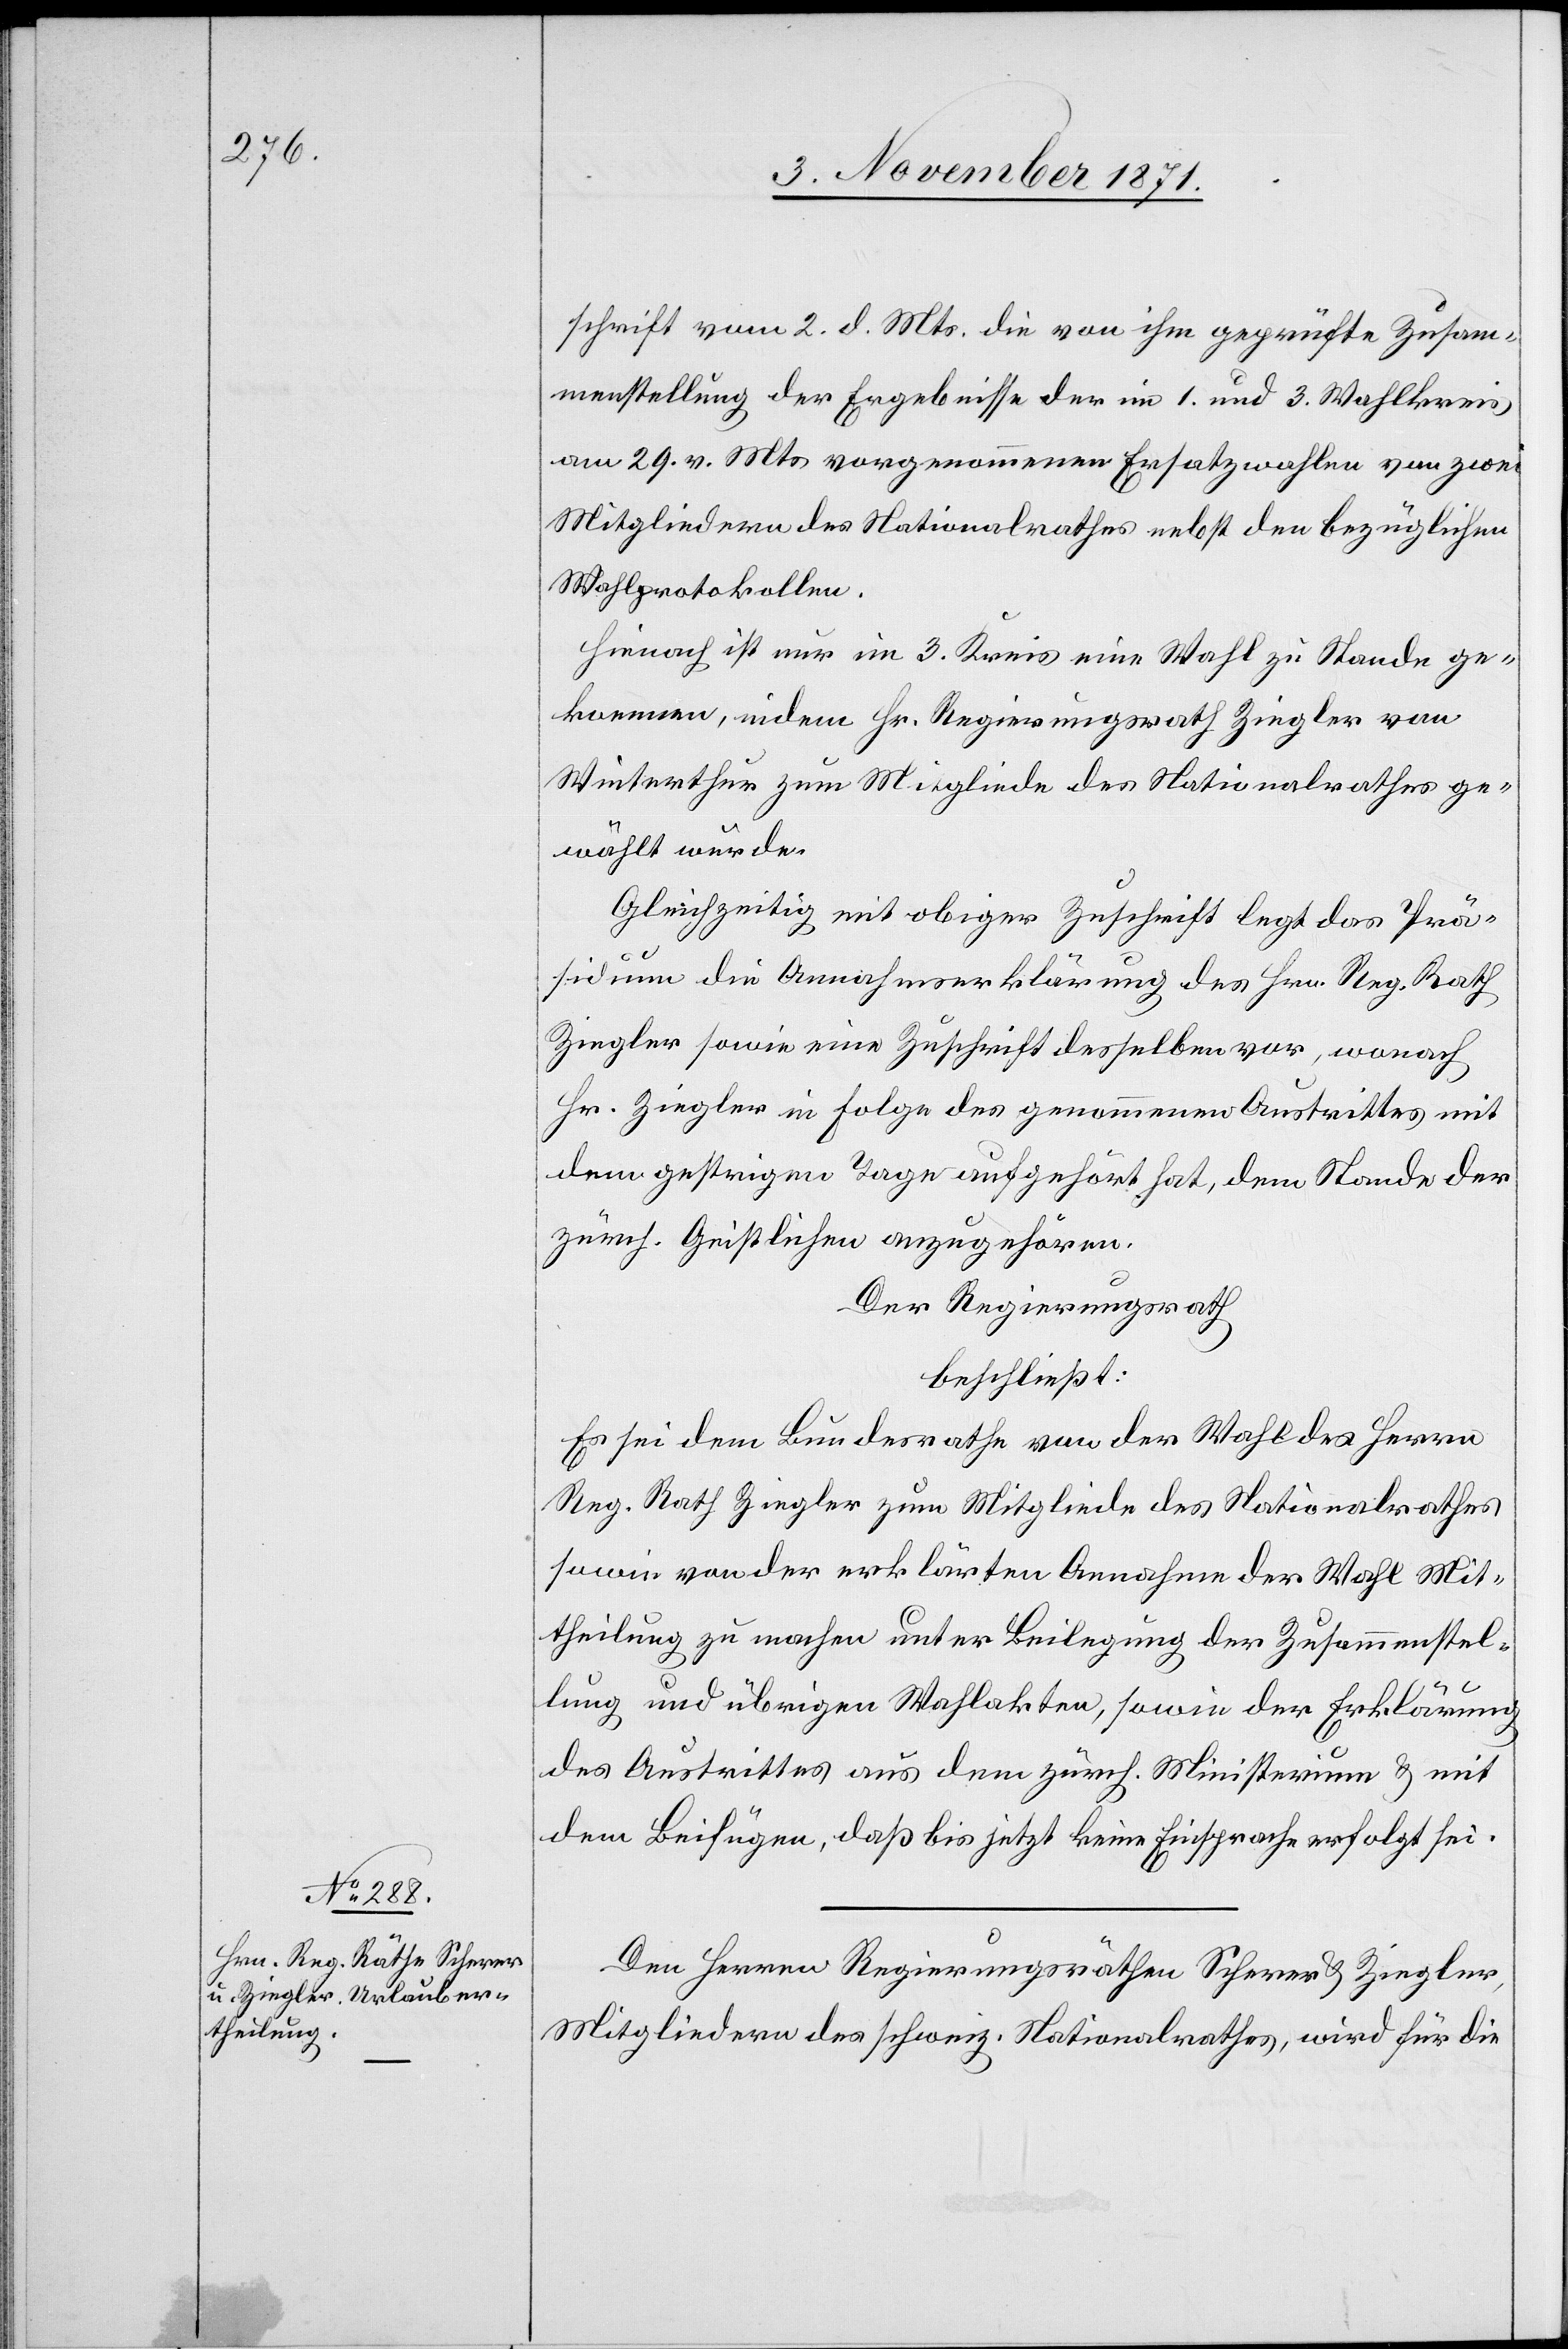
schrift vom 2. d. Mts. die von ihm geprüfte Zusam¬
menstellung der Ergebnisse der im 1. und 3. Wahlkreise
am 29. v. Mts. vorgenommenen Ersatzwahlen von zwei
Mitgliedern des Nationalrathes nebst den bezüglichen
Wahlprotokollen.
Hienach ist nur im 3. Kreis eine Wahl zu Stande ge¬
kommen, indem Hr. Regierungsrath Ziegler von
Winterthur zum Mitgliede des Nationalrathes ge¬
wählt wurde.
Gleichzeitig mit obiger Zuschrift legt das Prä¬
sidium die Annahmserklärung des Hrn. Reg. Rath
Ziegler sowie eine Zuschrift desselben vor, wonach
Hr. Ziegler in Folge des genommenen Austrittes mit
dem gestrigen Tage aufgehört hat, dem Stande der
zürch. Geistlichen anzugehören.
Der Regierungsrath
beschließt:
Es sei dem Bundesrathe von der Wahl des Herrn
Reg. Rath Ziegler zum Mitgliede des Nationalrathes
sowie von der erklärten Annahme der Wahl Mit¬
theilung zu machen unter Beilegung der Zusammenstel¬
lung und übrigen Wahlakten, sowie der Erklärung
des Austrittes aus dem zürch. Ministerium & mit
dem Beifügen, daß bis jetzt keine Einsprache erfolgt sei.
Den Herren Regierungsräthen Scherer & Ziegler,
Mitgliedern des schweiz. Nationalrathes, wird für die